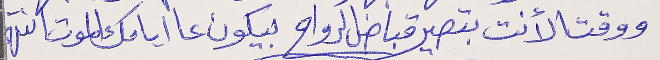
ووقتا لأنت بتصير قباض الرواح بيكون عا ايامك الموت انتهى